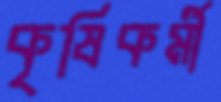
কৃষিকর্মী